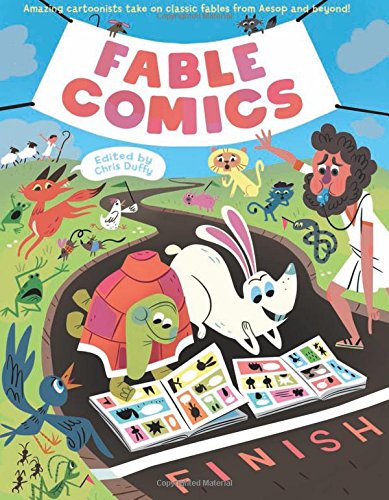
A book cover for Fable Comics; Charise Mericle Harper; Children's Books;